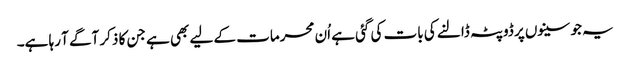
یہ جو سینوں پر ڈوپٹہ ڈالنے کی بات کی گئی ہے اُن محرمات کے لیے بھی ہے جن کا ذکر آگے آ رہا ہے۔